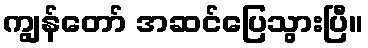
ကျွန်တော် အဆင်ပြေသွားပြီ။